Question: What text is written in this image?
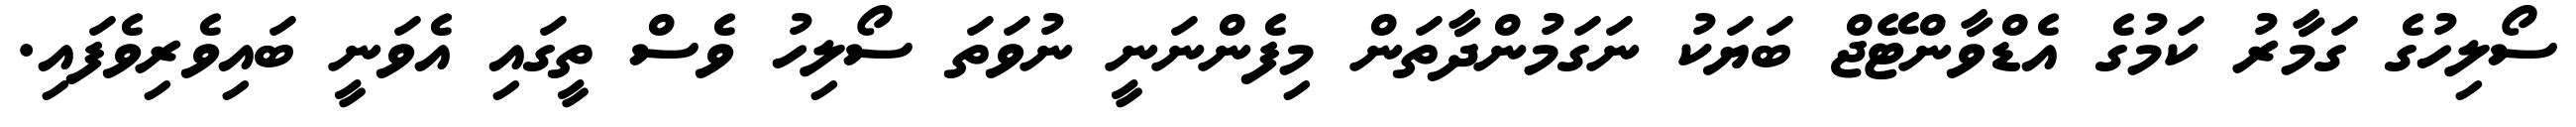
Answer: ސޯލިހުގެ ގަމާރު ކަމުގެ އެޑްވާންޓޭޖް ބަޔަކު ނަގަމުންދާތަން މިފެންނަނީ ނުވަތަ ސޯލިހު ވެސް ތީގައި އެވަނީ ބައިވެރިވެފައި.